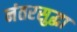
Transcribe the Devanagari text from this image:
नंतरसुद्धा